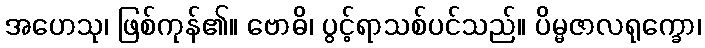
အဟေသု၊ ဖြစ်ကုန်၏။ ဗောဓိ၊ ပွင့်ရာသစ်ပင်သည်။ ပိမ္မဇာလရုက္ခော၊